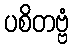
ပစိတဗ္ဗံ